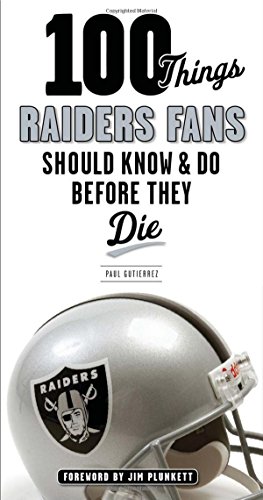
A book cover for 100 Things Raiders Fans Should Know & Do Before They Die (100 Things...Fans Should Know); Paul Gutierrez; Humor & Entertainment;